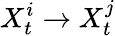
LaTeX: X_{t}^{i}\rightarrow X_{t}^{j}